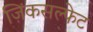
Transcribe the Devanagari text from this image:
ज़िंकसल्फेट